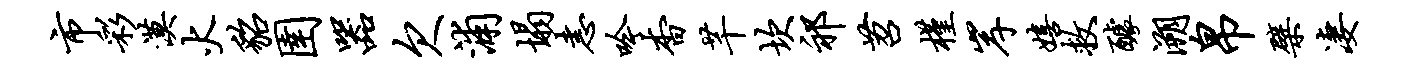
市彩漠火貂圉器欠浦塌恚吟杳芊坎祁苕槿岸嬉救醵溯帛檗凄